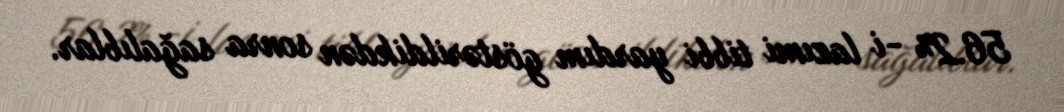
56.2% -i lazımi tibbi yardım göstərildikdən sonra sağalıblar.